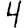
Digit: 4